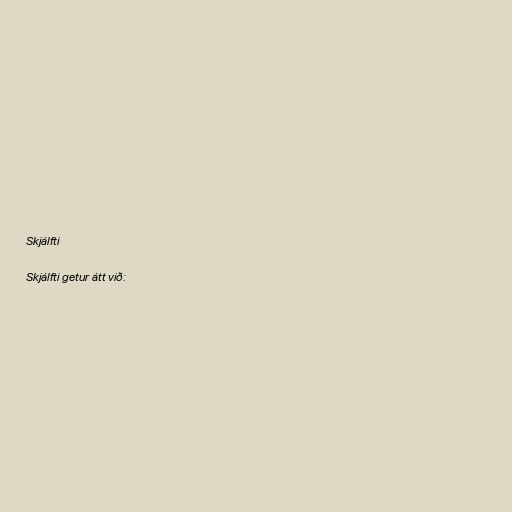
Skjálfti

Skjálfti getur átt við: